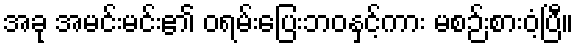
အခု အမင်းမင်း၏ ဝရမ်းပြေးဘဝနှင့်ကား မစဉ်းစားဝံ့ပြီ။